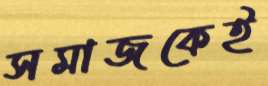
সমাজকেই